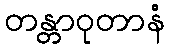
တန္တာဝုတာနံ